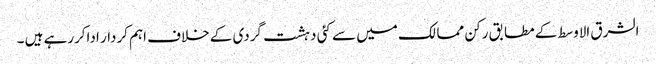
الشرق الاوسط کے مطابق رکن ممالک میں سے کئی دہشت گردی کے خلاف اہم کردار اداکررہے ہیں ۔